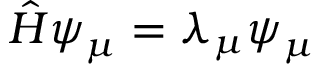
{ \hat { H } } \boldsymbol { \psi } _ { \mu } = \lambda _ { \mu } \boldsymbol { \psi } _ { \mu }